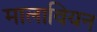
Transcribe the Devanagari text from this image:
मालावियन